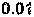
0.01